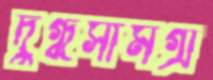
দুগ্ধসামগ্রী